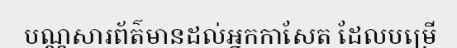
បណ្ណសារព័ត៌មានដល់អ្នកកាសែត ដែលបម្រើ